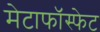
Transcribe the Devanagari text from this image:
मेटाफॉस्फेट